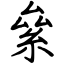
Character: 絫